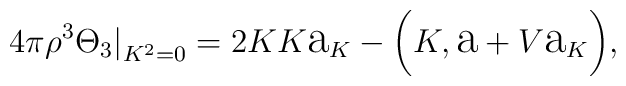
4\pi\rho^{3}\Theta_{3}{\big|}_{K^{2}=0}=2KK\hbox{\Large a}_K -{\biggl (}K,\hbox{\Large a}+V\hbox{\Large a}_K{\biggr )},